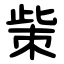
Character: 㭰